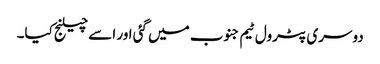
دوسری پٹرول ٹیم جنوب میں گئی اور اسے چیلنج کیا۔